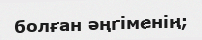
болған әңгіменің;